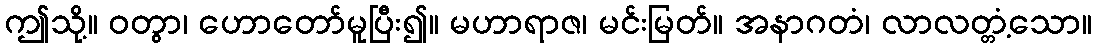
ဤသို့။ ဝတွာ၊ ဟောတော်မူပြီး၍။ မဟာရာဇ၊ မင်းမြတ်။ အနာဂတံ၊ လာလတ္တံ့သော။